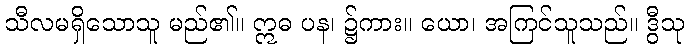
သီလမရှိသောသူ မည်၏။ ဣဓ ပန၊ ၌ကား။ ယော၊ အကြင်သူသည်။ ဒွီသု